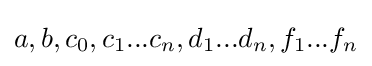
a,b,c_{0},c_{1}...c_{n},d_{1}...d_{n},f_{1}...f_{n}